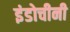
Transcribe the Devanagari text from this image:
इंडोचीनी